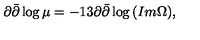
\partial \bar { \partial } \log { \mu } = - 1 3 \partial \bar { \partial } \log { ( I m \Omega ) } ,